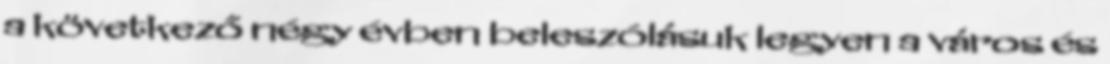
a következő négy évben beleszólásuk legyen a város és